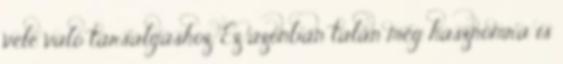
vele való társalgáshoz. Ez azonban talán még hasznomra is